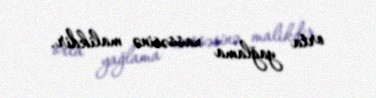
orta yağlama xassəsinə malikdir.